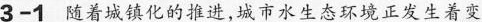
3-1 随着城镇化的推进，城市水生态环境正发生着变